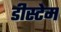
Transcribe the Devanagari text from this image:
डीस्टेम